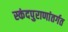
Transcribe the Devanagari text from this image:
स्कंदपुराणांतर्गत